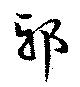
邪